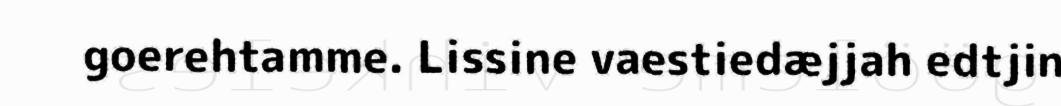
goerehtamme. Lissine vaestiedæjjah edtjin